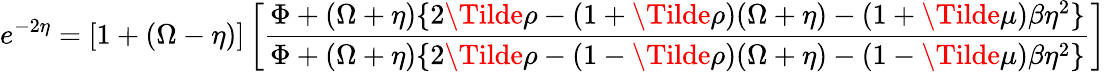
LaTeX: e^{-2\eta}=[1+(\Omega-\eta)]\left[\frac{\Phi+(\Omega+\eta)\{ 2\Tilde{\rho}-(1+\Tilde{\rho})(\Omega+\eta)-(1+\Tilde{\mu})\beta\eta^{2}\} }{\Phi+(\Omega+\eta)\{ 2\Tilde{\rho}-(1-\Tilde{\rho})(\Omega+\eta)-(1-\Tilde{\mu})\beta\eta^{2}\} }\right]